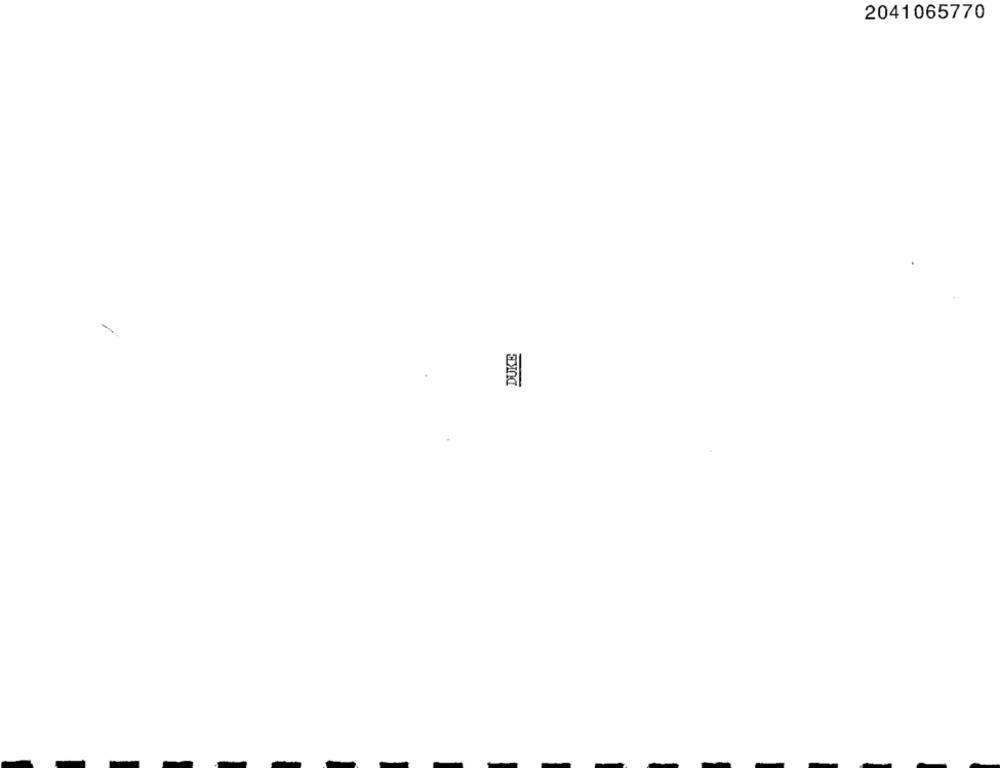
2041065770
DUKE